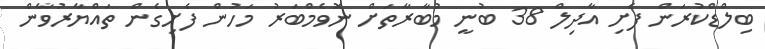
ބިލްޑްކުރަން ފެށި އާދިލް 38 ބުނީ މުބާރާތަށް ނޮވެމްބަރު މަހުން ފެށިގެން ތައްޔާރުވާން